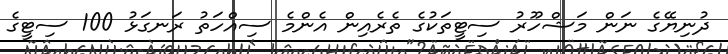
ދުނިޔޭގެ ނަން މަޝްހޫރު ސިޓީތަކުގެ ތެރެއިން އެންމެ ސިއްހަތު ރަނގަޅު 100 ސިޓީގެ